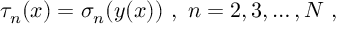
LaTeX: \tau _ { n } ( x ) = \sigma _ { n } ( y ( x ) ) \ , \ n = 2 , 3 , \ldots , N \ ,